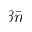
\beta \bar { n }